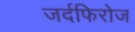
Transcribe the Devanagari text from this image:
जर्दफिरोज